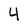
Character: 4